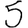
Digit: 5